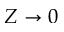
Z \to 0